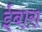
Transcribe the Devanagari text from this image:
ईबारा